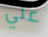
علي